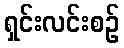
ရှင်းလင်းစဉ်